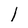
Character: 1